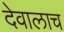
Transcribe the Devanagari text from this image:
देवालाच